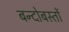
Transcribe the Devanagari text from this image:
बन्दोबस्तों